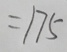
= 1 7 5